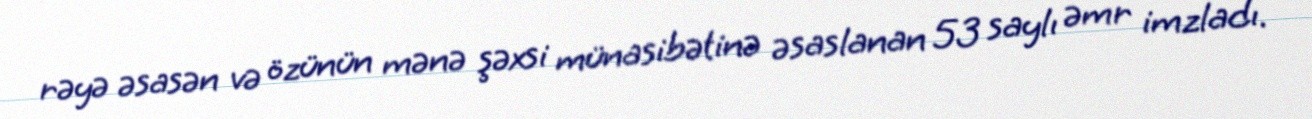
rəyə əsasən və özünün mənə şəxsi münasibətinə əsaslanan 53 saylı əmr imzladı.